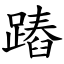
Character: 蹖